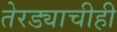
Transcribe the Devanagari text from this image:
तेरड्याचीही